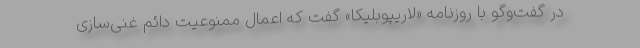
در گفت‌وگو با روزنامه «لاریپوبلیکا» گفت که اعمال ممنوعیت دائم غنی‌سازی